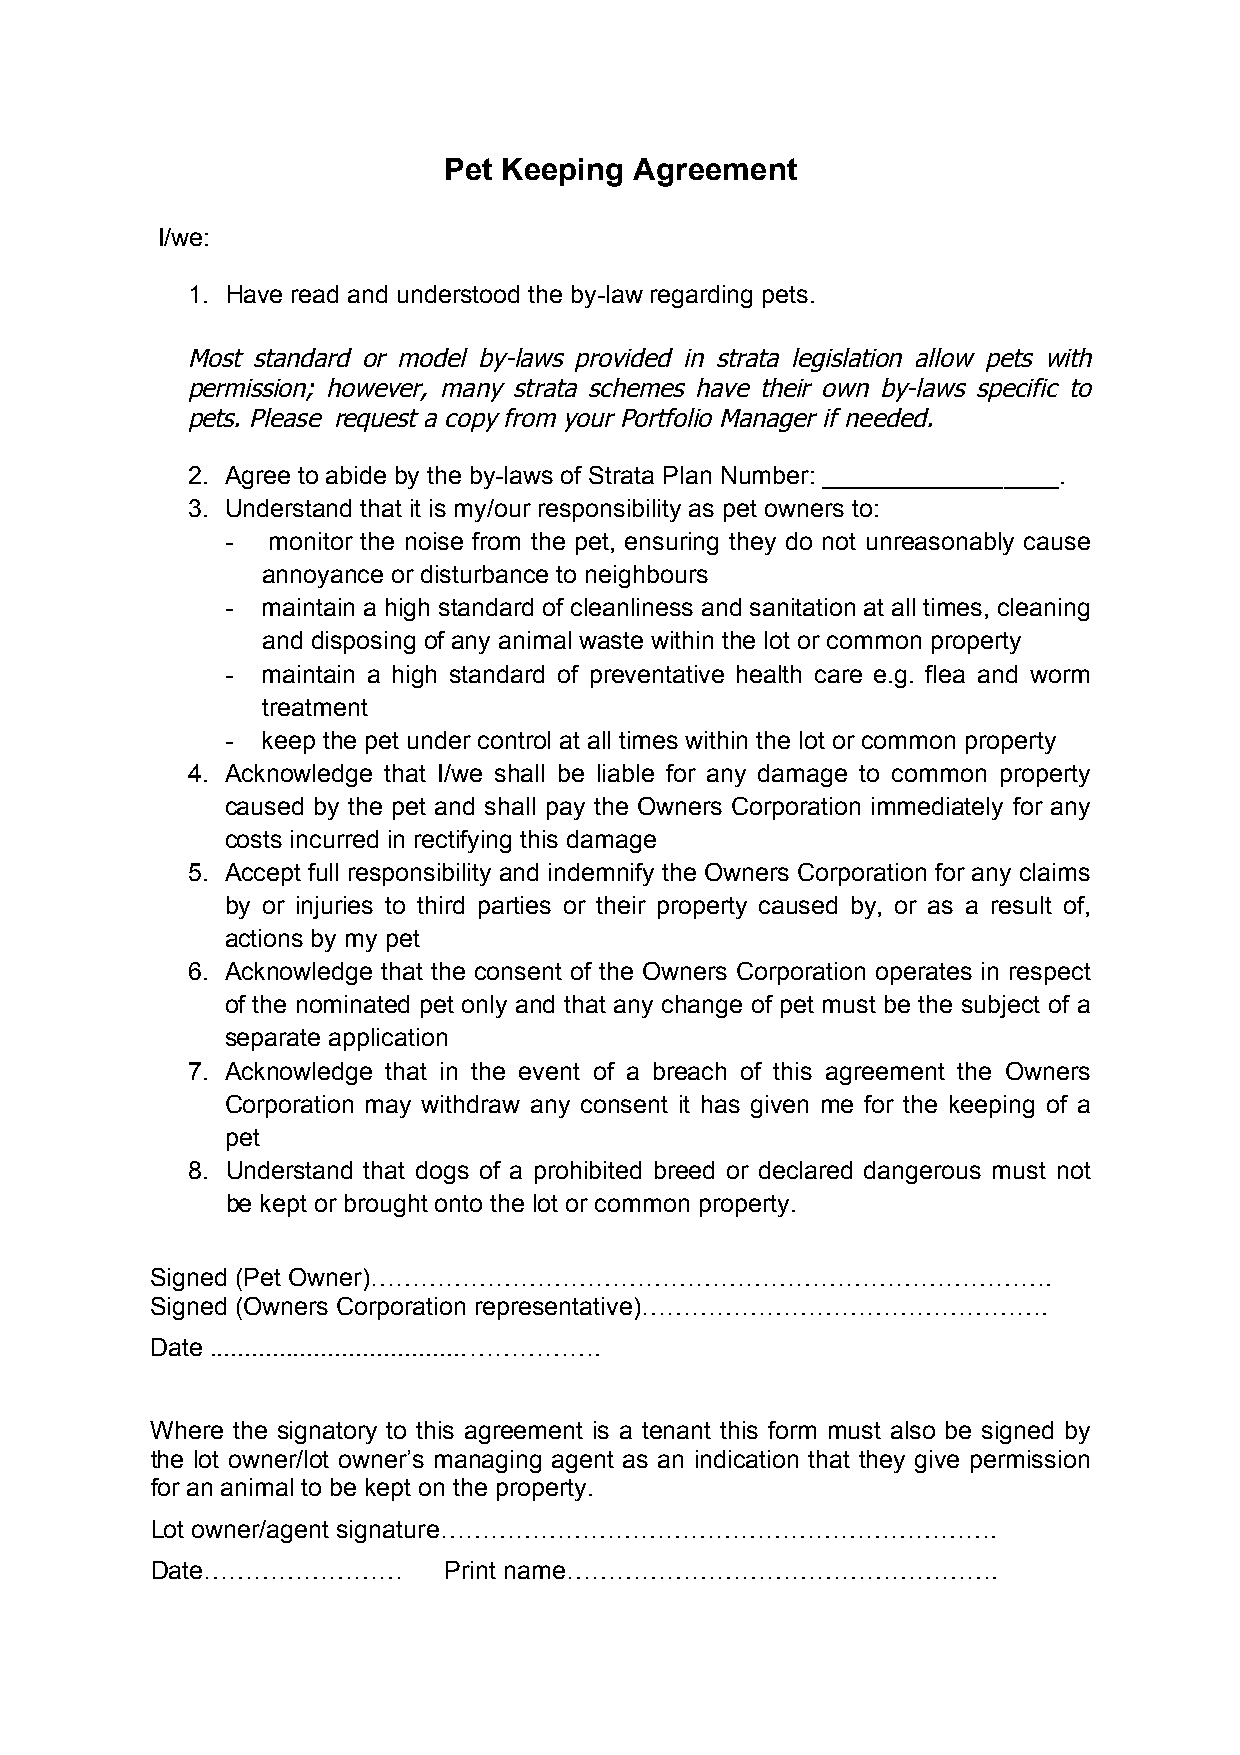
Pet Keeping  Agreement
 I/we:
 1. Have read and understood the by-law regarding pets.
 Most standard or model by-laws provided in strata legislation allow pets with
 permission; however, many strata schemes have their own by-laws specific to
 pets. Please request a copy from your Portfolio Manager if n eeded.
 2. Agree to abide by the by-laws of Strata Plan Number: _________________.
 3. Understand that it is my/our responsibility as pet owners to:
 -  monitor the noise from the pet, ensuring they do not unreasonably cause
 annoyance or disturbance to neighbours
 - maintain a high standard of cleanliness and sanitation at all times, cleaning
 and disposing of any animal waste within the lot or common property
 - maintain a high standard of preventative health care e.g. flea and worm
 treatment
 - keep the pet under control at all times within the lot or common property
 4. Acknowledge that I/we shall be liable for any damage to common property
 caused by the pet and shall pay the Owners Corporation immediately for any
 costs incurred in rectifying this damage
 5. Accept full responsibility and indemnify the Owners Corporation for any claims
 by or injuries to third parties or their property caused by, or as a result of,
 actions by my pet
 6. Acknowledge that the consent of the Owners Corporation operates in respect
 of the nominated pet only and that any change of pet must be the subject of a
 separate application
 7. Acknowledge that in the event of a breach of this agreement the Owners
 Corporation may withdraw any consent it has given me for the keeping of a
 pet
 8. Understand that dogs of a prohibited breed or declared dangerous must not
 be kept or brought onto the lot or common property.
 Signed (Pet Owner)……………………………………………………………………….
 Signed (Owners Corporation representative)………………………………………….
 Date ..................................... …………….
 Where the signatory to this agreement is a tenant this form must also be signed by
 the lot owner/lot owner’s managing agent as an indication that they give permission
 for an animal to be kept on the property.
 Lot owner/agent signature………………………………………………………….
 Date……………………       Print name…………………………………………….